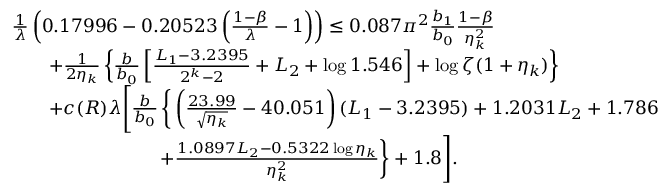
\begin{array} { r l } & { \frac { 1 } { \lambda } \left( 0 . 1 7 9 9 6 - 0 . 2 0 5 2 3 \left( \frac { 1 - \beta } { \lambda } - 1 \right) \right) \le 0 . 0 8 7 \pi ^ { 2 } \frac { b _ { 1 } } { b _ { 0 } } \frac { 1 - \beta } { \eta _ { k } ^ { 2 } } } \\ & { \qquad + \frac { 1 } { 2 \eta _ { k } } \left\{ \frac { b } { b _ { 0 } } \left[ \frac { L _ { 1 } - 3 . 2 3 9 5 } { 2 ^ { k } - 2 } + L _ { 2 } + \log 1 . 5 4 6 \right] + \log \zeta ( 1 + \eta _ { k } ) \right\} } \\ & { \qquad + c ( R ) \lambda \Bigg [ \frac { b } { b _ { 0 } } \, \bigg \{ \left( \frac { 2 3 . 9 9 } { \sqrt { \eta _ { k } } } - 4 0 . 0 5 1 \right) ( L _ { 1 } - 3 . 2 3 9 5 ) + 1 . 2 0 3 1 L _ { 2 } + 1 . 7 8 6 } \\ & { \qquad \qquad \qquad \qquad + \frac { 1 . 0 8 9 7 L _ { 2 } - 0 . 5 3 2 2 \log \eta _ { k } } { \eta _ { k } ^ { 2 } } \bigg \} + 1 . 8 \Bigg ] . } \end{array}